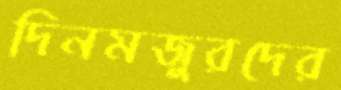
দিনমজুরদের